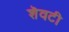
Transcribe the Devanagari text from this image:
शॆवटी